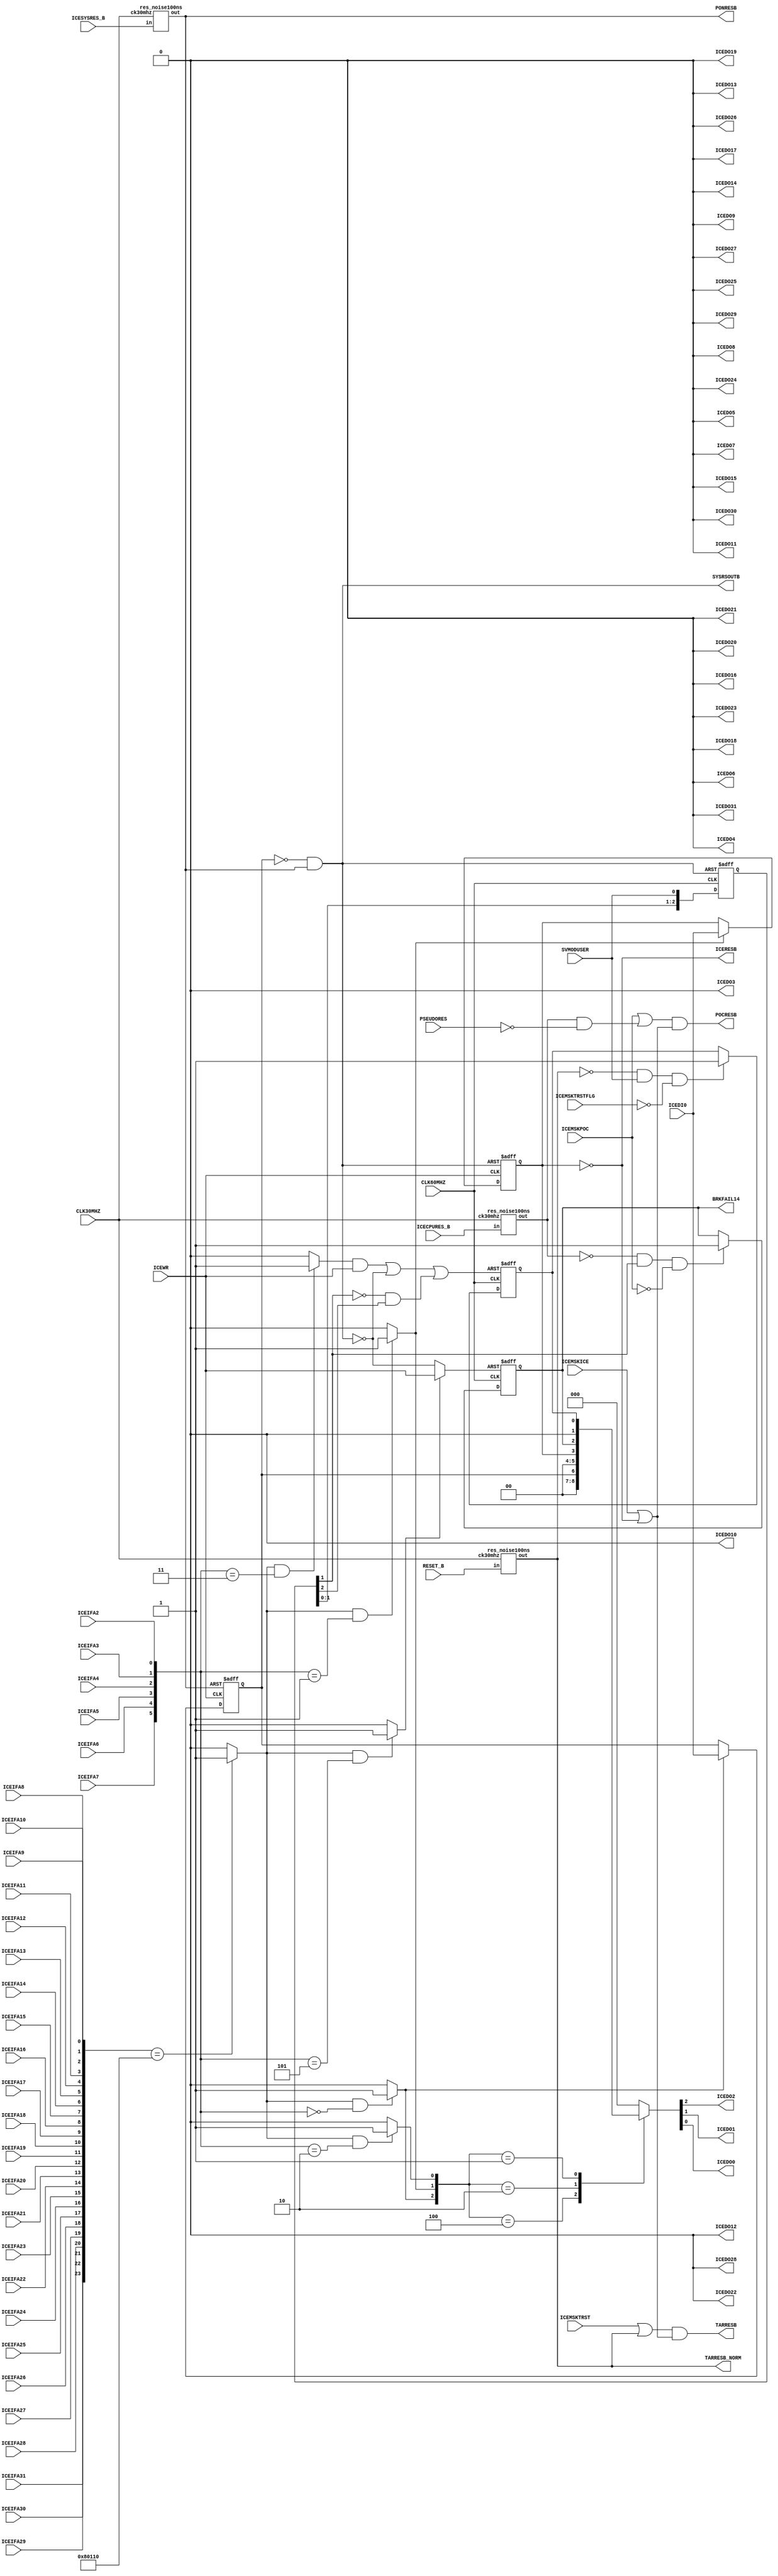
// =======================================================================================================
// 78K0R IECUBE Reset-Control Unit
//
//
// V100	initial version										T.Tsunoda
// V101 I did a revision to clear the target reset flag of SVMOD at the end of SVMODUSER.	T.Tsunoda
// $Id: resetctl.v,v 1.20 2007-11-13 08:24:14 tsuno3 Exp $
// =======================================================================================================
module RESETCTL (
		ICEIFA31, ICEIFA30, ICEIFA29, ICEIFA28, ICEIFA27, ICEIFA26, ICEIFA25, ICEIFA24,
		ICEIFA23, ICEIFA22, ICEIFA21, ICEIFA20, ICEIFA19, ICEIFA18, ICEIFA17, ICEIFA16,
		ICEIFA15, ICEIFA14, ICEIFA13, ICEIFA12, ICEIFA11, ICEIFA10, ICEIFA9, ICEIFA8,
		ICEIFA7, ICEIFA6, ICEIFA5, ICEIFA4, ICEIFA3, ICEIFA2,
		ICEDI0,
		ICEWR,
		ICEDO31, ICEDO30, ICEDO29, ICEDO28, ICEDO27, ICEDO26, ICEDO25, ICEDO24,
		ICEDO23, ICEDO22, ICEDO21, ICEDO20, ICEDO19, ICEDO18, ICEDO17, ICEDO16,
		ICEDO15, ICEDO14, ICEDO13, ICEDO12, ICEDO11, ICEDO10, ICEDO9, ICEDO8,
		ICEDO7, ICEDO6, ICEDO5, ICEDO4, ICEDO3, ICEDO2, ICEDO1, ICEDO0,
		CLK30MHZ,
		CLK60MHZ,
		SVMODUSER,
		ICESYSRES_B,
		ICECPURES_B,
		PSEUDORES,
		RESET_B,
//		CPURSOUTB,
		ICEMSKPOC,
		ICEMSKTRST,
		ICEMSKICE,
		ICEMSKTRSTFLG,
		PONRESB,
		ICERESB,
		POCRESB,
		TARRESB,
		TARRESB_NORM,
		SYSRSOUTB,
		BRKFAIL14
);


input	ICEIFA31, ICEIFA30, ICEIFA29, ICEIFA28,	// Host I/F Address Bus			( <- eva_pcifg )
	ICEIFA27, ICEIFA26, ICEIFA25, ICEIFA24,	//
	ICEIFA23, ICEIFA22, ICEIFA21, ICEIFA20,	//
	ICEIFA19, ICEIFA18, ICEIFA17, ICEIFA16,	//
	ICEIFA15, ICEIFA14, ICEIFA13, ICEIFA12,	//
	ICEIFA11, ICEIFA10, ICEIFA9,  ICEIFA8,	//
	ICEIFA7,  ICEIFA6,  ICEIFA5,  ICEIFA4,	//
	ICEIFA3,  ICEIFA2;			//
input	ICEDI0;					// Host I/F Write Data Bus		( <- eva_pcifg )
input	ICEWR;					// Host I/F Write Strobe		( <- eva_pcifg )
output	ICEDO31, ICEDO30, ICEDO29, ICEDO28,	// Host I/F Read Data Bus		( -> eva_pcifg )
	ICEDO27, ICEDO26, ICEDO25, ICEDO24,	//
	ICEDO23, ICEDO22, ICEDO21, ICEDO20,	//
	ICEDO19, ICEDO18, ICEDO17, ICEDO16,	//
	ICEDO15, ICEDO14, ICEDO13, ICEDO12,	//
	ICEDO11, ICEDO10, ICEDO9,  ICEDO8,	//
	ICEDO7,  ICEDO6,  ICEDO5,  ICEDO4,	//
	ICEDO3,  ICEDO2,  ICEDO1,  ICEDO0;	//
input	CLK30MHZ;				// 30mhz source clock			( <- terminal )
input	CLK60MHZ;				// system clock				( <- clock )
input	SVMODUSER;				// user svmod				( <- break )
input	ICESYSRES_B;				// power on reset			( <- terminal )
input	ICECPURES_B;				// poc reset				( <- terminal )
input	PSEUDORES;				// pseudo poc reset			( <- pseudoemu )
input	RESET_B;				// target reset				( <- terminal )
// input	CPURSOUTB;			// cpu reset				( <- 1chip )
input	ICEMSKPOC;				// poc reset mask			( <- mask )
input	ICEMSKTRST;				// target reset mask			( <- mask )
input	ICEMSKICE;				// ice(debugger) reset mask		( <- mask )
input	ICEMSKTRSTFLG;				// target reset mask exept svmoduser	( <- mask )
output	PONRESB;				// noise reduced ponreset		( -> clock )
output	ICERESB;				// ice reset				( -> 1chip )
output	POCRESB;				// poc reset to 1chip			( -> 1chip )
output	TARRESB;				// target reset to 1chip		( -> 1chip )
output	TARRESB_NORM;				// noise reduced target reset		( -> ice macro )
output	SYSRSOUTB;				// ice system reset			( -> ice macro )
output	BRKFAIL14;				// power off break			( -> break )


wire [31:2]	iceifa;
wire		reset_cs, ssysrst_cs, scpurst_cs, brkresfl_cs, tarrflclr_cs, pocrflclr_cs;
wire		ponresb, pocresb, tarresb, iceresb_1chip;
wire		pocrflset, pocrflclr;
wire		tarrflset, tarrflclr;

reg [2:0]	icedo;
reg		ssysrst, scpurst;
reg		pocrfl;
reg		tarrfl;


	assign iceifa = {
		ICEIFA31, ICEIFA30, ICEIFA29, ICEIFA28, ICEIFA27, ICEIFA26, ICEIFA25, ICEIFA24,
		ICEIFA23, ICEIFA22, ICEIFA21, ICEIFA20, ICEIFA19, ICEIFA18, ICEIFA17, ICEIFA16,
		ICEIFA15, ICEIFA14, ICEIFA13, ICEIFA12, ICEIFA11, ICEIFA10, ICEIFA9, ICEIFA8,
		ICEIFA7, ICEIFA6, ICEIFA5, ICEIFA4, ICEIFA3, ICEIFA2
		};

	assign	{ICEDO31, ICEDO30, ICEDO29, ICEDO28, ICEDO27, ICEDO26, ICEDO25, ICEDO24,
		ICEDO23, ICEDO22, ICEDO21, ICEDO20, ICEDO19, ICEDO18, ICEDO17, ICEDO16,
		ICEDO15, ICEDO14, ICEDO13, ICEDO12, ICEDO11, ICEDO10, ICEDO9, ICEDO8,
		ICEDO7, ICEDO6, ICEDO5, ICEDO4, ICEDO3, ICEDO2, ICEDO1, ICEDO0} = {29'b0, icedo};

//
// host if
//

	assign	reset_cs      = (iceifa[31:8] == 24'h0801_10) ? 1'b1 : 1'b0;
	assign	ssysrst_cs    = (reset_cs & (iceifa[7:2] == 6'b0000_00)) ? 1'b1 : 1'b0;
	assign	scpurst_cs    = (reset_cs & (iceifa[7:2] == 6'b0000_01)) ? 1'b1 : 1'b0;
	assign	brkresfl_cs   = (reset_cs & (iceifa[7:2] == 6'b0000_10)) ? 1'b1 : 1'b0;
	assign	tarrflclr_cs  = (reset_cs & (iceifa[7:2] == 6'b0000_11)) ? 1'b1 : 1'b0;
	assign	pocrflclr_cs  = (reset_cs & (iceifa[7:2] == 6'b0001_01)) ? 1'b1 : 1'b0;

	always @(ssysrst_cs or scpurst_cs or brkresfl_cs or ssysrst or scpurst or pocrfl or tarrfl) begin
		case ({ssysrst_cs, scpurst_cs, brkresfl_cs})
			3'b100:	icedo = {2'b0, ssysrst};
			3'b010:	icedo = {2'b0, scpurst};
			3'b001:	icedo = {pocrfl, 1'b0, tarrfl};
			default:icedo = 3'b0;
		endcase
	end

//
// [ noise reduce ]
//
	res_noise100ns	noise_pon    (.in(ICESYSRES_B), .out(ponresb), .ck30mhz(CLK30MHZ));
	res_noise100ns	noise_poc    (.in(ICECPURES_B), .out(pocresb), .ck30mhz(CLK30MHZ));
	res_noise100ns	noise_target (.in(RESET_B), .out(tarresb), .ck30mhz(CLK30MHZ));
//
// [ make ice reset ]
//
	always @(negedge ICEWR or negedge ponresb) begin
		if (!ponresb)		ssysrst <= 1'b0; /* initial 0 */
		else if (ssysrst_cs)	ssysrst <= ICEDI0;
	end
	always @(negedge ICEWR or negedge SYSRSOUTB) begin
		if (!SYSRSOUTB)		scpurst <= 1'b1;
		else if (scpurst_cs)	scpurst <= ICEDI0;
	end
	assign	SYSRSOUTB = !ssysrst & ponresb;
	assign	PONRESB = ponresb;
	assign	ICERESB = ~scpurst;
	assign	TARRESB_NORM = tarresb;
//
// [ output to 1chip ]
//
	assign	iceresb_1chip = ICEMSKICE | ICERESB;
	assign	TARRESB = (ICEMSKTRST | tarresb) & iceresb_1chip;
	assign	POCRESB = (ICEMSKPOC | (pocresb & ~PSEUDORES)) & iceresb_1chip;
//
// [ reset control during break ]
//
		reg [2:0] svmoduser_l; // bit0 for metas
		always @(posedge CLK60MHZ or negedge SYSRSOUTB) begin
			if (!SYSRSOUTB)	svmoduser_l <= 1'b0;
			else		svmoduser_l <= {svmoduser_l[1:0], SVMODUSER};
		end

	/* POC Detect */
		/* svmoduserreset */
		assign	pocrflset = ~pocresb & svmoduser_l[1] & ~ICEMSKPOC;
		assign	pocrflclr = pocrflclr_cs ? ICEWR : !SYSRSOUTB;
		always @(posedge CLK60MHZ or posedge pocrflclr) begin
			if (pocrflclr) pocrfl <= 1'b0;
			else if (pocrflset) pocrfl <= 1'b1;
		end
		assign BRKFAIL14 = pocrfl;

	/* Target-reset Detect */
		assign	tarrflset = ~tarresb & SVMODUSER & ~ICEMSKTRSTFLG;
		wire	clr_svmd = ~svmoduser_l[1] & svmoduser_l[2];
		assign	tarrflclr = (tarrflclr_cs & ICEWR) | !SYSRSOUTB | clr_svmd;
		always @(posedge CLK60MHZ or posedge tarrflclr) begin
			if (tarrflclr) tarrfl <= 1'b0;
			else if (tarrflset) tarrfl <= 1'b1;
		end

	/* peripheral-reset Detect */
//wire		perirflclr_cs;
//wire		perires, perirflset, perirflclr;
//reg		cpursoutb_l1, cpursoutb_l2, perirfl;
//
//		assign	perirflclr_cs = (reset_cs & (iceifa[7:2] == 6'b0001_00)) ? 1'b1 : 1'b0;
//		assign	perires = ~CPURSOUTB & tarresb & pocresb & ~scpurst;
//		assign	perirflset = perires & SVMODUSER;
//		assign	perirflclr = perirflclr_cs ? ICEWR : !SYSRSOUTB;
//		always @( posedge CLK60MHZ or negedge SYSRSOUTB ) begin
//			if (!SYSRSOUTB)	cpursoutb_l1 <= 1'b0;
//			else		cpursoutb_l1 <= CPURSOUTB;
//		end
//		always @( posedge CLK60MHZ or negedge SYSRSOUTB ) begin
//			if (!SYSRSOUTB)	cpursoutb_l2 <= 1'b0;
//			else		cpursoutb_l2 <= cpursoutb_l1;
//		end
//		always @( posedge CLK60MHZ or posedge perirflclr ) begin
//			if (perirflclr)	perirfl <= 1'b0;
//			else if (~cpursoutb_l1 & cpursoutb_l2)
//					perirfl <= perirflset;
//		end
endmodule



module res_noise100ns (in, out, ck30mhz);
	input	in, ck30mhz;
	output	out;
	reg	buf1, buf2, out;

	always @(posedge ck30mhz) begin
		buf1 <= in;
		buf2 <= buf1;
		if (buf1 == in && buf2 == in) begin
			out <= buf2;
		end
	end
endmodule